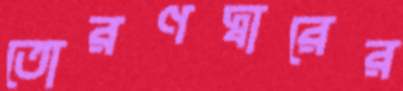
তোরণদ্বারের